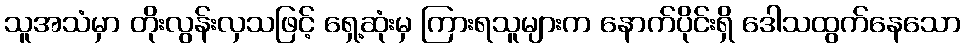
သူအသံမှာ တိုးလွန်းလှသဖြင့် ရှေ့ဆုံးမှ ကြားရသူများက နောက်ပိုင်းရှိ ဒေါသထွက်နေသော